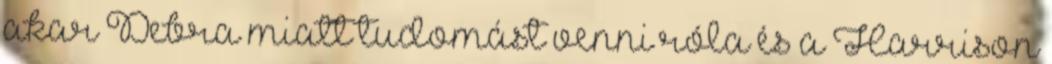
akar Debra miatt tudomást venni róla és a Harrison